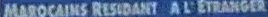
MAROCAINS RESIDANT À L